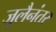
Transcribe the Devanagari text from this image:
जुलैनंतर